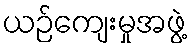
ယဉ်ကျေးမှုအဖွဲ့